Report on sanitation, dispensaries, and jails in Rajputana for 1919, and on vaccination for the year 1919-1920 - 1919-1920
Year: 1919
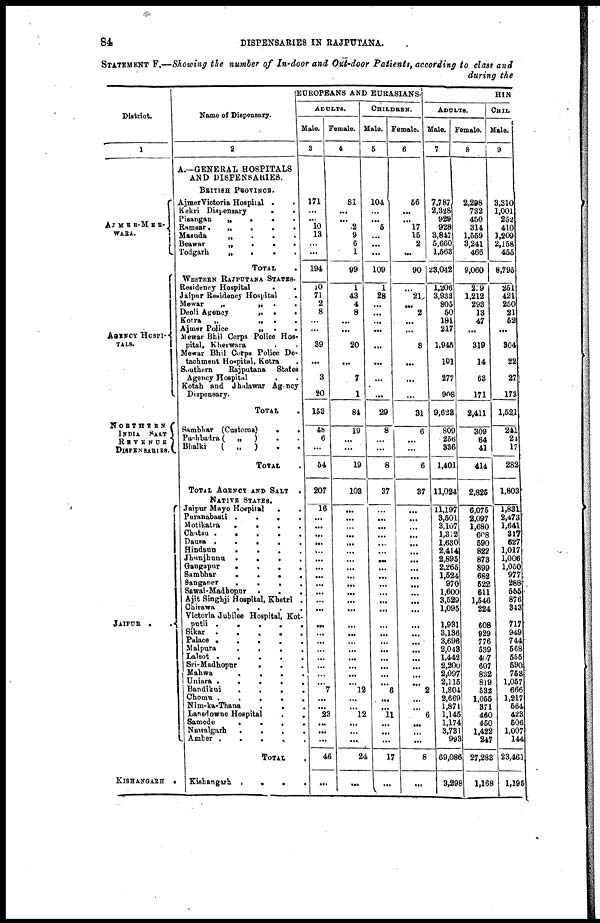
84
DISPENSARIES IN RAJPUTANA.
STATEMENT F.—Showing the number of In-door and Out-door Patients, according to class and
during the
District.
1
AJMER-MER¬
WARA.
AGENCY HOSPI¬
TALS.
NORTHERN
INDIA SALT
REVENUE
DISPENSARIES.
JAIPUR . .
KISHANGARH .
Name of Dispensary.
2
A.—GENERAL HOSPITALS
AND DISPENSARIES.
BRITISH PROVINCE.
Ajmer Victoria Hospital . .
Kekri Dispensary
.
.
Pisangan
„
.
.
.
Ramsar .
„
.
.
.
Masuda
„
.
.
.
Beawar
„
.
.
.
Todgarh
„
.
.
.
TOTAL .
WESTERN RAJPUTANA STATES.
Residency Hospital
.
.
Jaipur Residency Hospital
.
Mewar
„
„ .
.
Deoli Agency
„
.
.
Kotra
„
„ .
.
Ajmer Police
„ . .
Mewar Bhil Corps Police Hos-
pital, Kherwara . .
Mewar Bhil Corps Police De-
tachment Hospital, Kotra .
Southern
Rajputana
States
Agency Hospital . .
Kotah and Jhalawar Agancy
Dispensary.
TOTAL .
Sambhar (Customs)
.
.
Pachbadra (
„
) . .
Bhalki
(
„
) . .
TOTAL .
TOTAL AGENCY AND SALT .
NATIVE STATES.
Jaipur Mayo Hospital
.
.
Puranabasti .
.
.
.
Motikatra
.
. . .
Chatsu .
.
.
.
.
Dausa .
.
.
.
.
Hindaun
.
.
.
.
Jhunjhunu
.
.
. .
Gangapur
.
.
.
.
Sambhar
.
.
.
.
Sanganer
.
. . .
Sawai-Madhopur
.
.
.
Ajit Singhji Hospital, Khetri .
Chirawa
.
.
.
.
Victoria Jubilee Hospital, Kot¬
putli .
.
.
.
.
Sikar .
.
.
.
.
Palace .
.
.
.
.
Malpura
.
.
.
.
Lalsot .
.
.
. .
Sri-Madhopur
.
. .
Mahwa
.
.
.
.
Uniara
.
.
.
. .
Bandikui
.
.
.
.
Chomu .
.
.
.
.
Nim-ka-Thana
.
. .
Lansdowne Hospital
.
.
Samode
.
.
.
.
Nawalgarh
.
.
. .
Amber .
.
.
.
.
TOTAL .
Kishangarh .
.
.
.
EUROPEANS AND EURASIANS.
ADULTS.
Male.
3
171
...
...
10
13
...
...
194
10
71
2
8
...
...
39
...
3
20
153
48
6
...
54
207
16
...
...
...
...
...
...
...
...
...
...
...
...
...
...
...
...
...
...
...
...
7
...
...
23
...
...
...
46
...
Female.
4
81
...
...
2
9
6
1
99
1
43
4
8
...
...
20
...
7
1
84
19
...
...
19
103
...
...
...
...
...
...
...
...
...
...
...
...
...
...
...
...
...
...
...
...
...
12
...
...
12
...
...
...
24
...
CHILDREN.
Male.
5
104
...
...
5
...
...
...
109
1
28
...
...
...
...
...
...
...
...
29
8
...
...
8
37
...
...
...
...
...
...
...
...
...
...
...
...
...
...
...
...
...
...
...
...
...
6
...
...
11
...
...
...
17
...
Female.
6
56
...
...
17
15
2
...
90
...
21
...
2
...
...
8
...
...
...
31
6
...
...
6
37
...
...
...
...
...
...
...
...
...
...
...
...
...
...
...
...
...
...
...
...
...
2
...
...
6
...
...
...
8
...
HIN
ADULTS.
Male.
7
7,787
2,328
929
928
3,847
5,660
1,563
23,042
1,206
3,933
805
50
181
217
1,945
101
277
908
9,623
809
256
336
1,401
11,024
11,197
3,501
3,107
1,312
1,630
2,414
2,895
2,265
1,524
970
1,600
3,529
1,095
1,931
3,136
3,696
2,043
1,442
2,200
2,097
2,115
1,804
2,669
1,871
1,145
1,174
3,731
993
69,086
3,298
Female.
8
2,298
732
450
314
1,559
3,241
466
9,060
279
1,212
293
13
47
...
319
14
63
171
2,411
309
64
41
414
2,825
6,075
2,097
1,680
608
590
822
873
899
682
522
611
1,546
224
608
929
776
539
407
607
832
819
532
1,055
371
460
450
1,422
247
27,283
1,168
CHIL
Male.
9
3,310
1,001
252
410
1,209
2,158
455
8,795
251
421
250
21
52
...
304
22
27
173
1,521
241
24
17
282
1,803
1,831
2,473
1,641
317
627
1,017
1,006
1,050
977
288
555
876
343
717
949
744
568
555
590
753
1,057
666
1,217
564
423
506
1,007
144
23,461
1,195